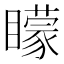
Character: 矇